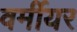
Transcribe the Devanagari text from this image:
वर्मीयर